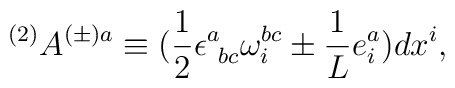
^{(2)}A^{(\pm)a}\equiv (\frac{1}{2}\epsilon^{a}_{\mbox{ }bc}\omega^{bc}_{i}\pm\frac{1}{L}e^{a}_{i})dx^{i},